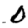
Digit: 0